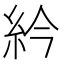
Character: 紟